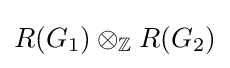
R(G_{1})\otimes _{\mathbb {Z} }R(G_{2})